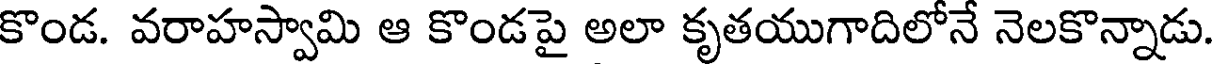
కొండ. వరాహస్వామి ఆ కొండపై అలా కృతయుగాదిలోనే నెలకొన్నాడు.